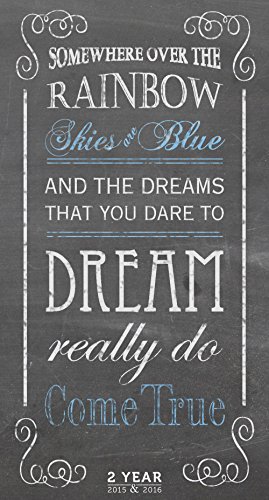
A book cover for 2015-2016 2 Year Chalk It Up Pocket Calendar; TF PUBLISHING; Calendars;